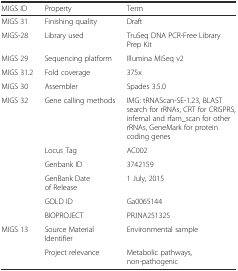
| MIGS ID | Property | Term |
 | --- | --- | --- |
 | MIGS 31 | Finishing quality | Draft |
 | MIGS-28 | Library used | TruSeq DNA PCR-Free Library Prep Kit |
 | MIGS 29 | Sequencing platform | Illumina MiSeq v2 |
 | MIGS 31.2 | Fold coverage | 375x |
 | MIGS 30 | Assembler | Spades 3.5.0 |
 | MIGS 32 | Gene calling methods | IMG: tRNAScan-SE-1.23, BLAST search for rRNAs, CRT for CRISPRS, infernal and rfam_scan for other rRNAs, GeneMark for protein coding genes |
 |  | Locus Tag | AC002 |
 |  | Genbank ID | 3742159 |
 |  | GenBank Date of Release | 1 July, 2015 |
 |  | GOLD ID | Ga0065144 |
 |  | BIOPROJECT | PRJNA251325 |
 | MIGS 13 | Source Material Identifier | Environmental sample |
 |  | Project relevance | Metabolic pathways, non-pathogenic |